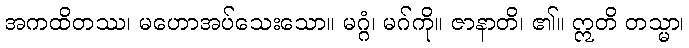
အကထိတဿ၊ မဟောအပ်သေးသော။ မဂ္ဂံ၊ မဂ်ကို။ ဇာနာတိ၊ ၏။ ဣတိ တသ္မာ၊